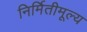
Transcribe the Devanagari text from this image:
निर्मितीमूल्य